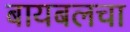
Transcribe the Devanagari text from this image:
बायबलचा